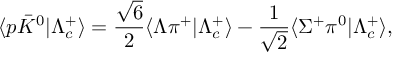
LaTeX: \langle p \bar { K } ^ { 0 } | \Lambda _ { c } ^ { + } \rangle = { \frac { \sqrt 6 } { 2 } } \langle \Lambda \pi ^ { + } | \Lambda _ { c } ^ { + } \rangle - { \frac { 1 } { \sqrt 2 } } \langle \Sigma ^ { + } \pi ^ { 0 } | \Lambda _ { c } ^ { + } \rangle ,